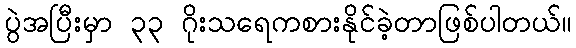
ပွဲအပြီးမှာ ၃၃ ဂိုးသရေကစားနိုင်ခဲ့တာဖြစ်ပါတယ်။